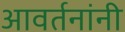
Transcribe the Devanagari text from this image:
आवर्तनांनी